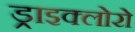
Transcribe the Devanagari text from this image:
ड्राइक्लोरो